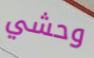
وحشي